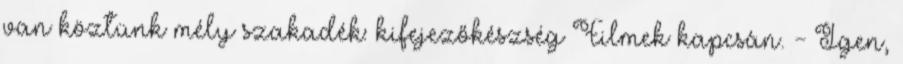
van köztünk mély szakadék: kifejezőkészség Filmek kapcsán. - Igen,